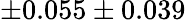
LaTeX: \pm 0.055\pm 0.039